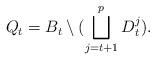
LaTeX: \begin{align*} Q_t=B_t\setminus(\bigsqcup_{j=t+1}^p D_t^j). \end{align*}